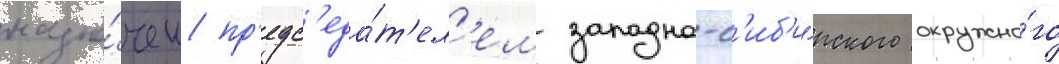
назна́чен пр'едс'еда́т'ел'ем западно-с'иб'и́рского окружно́го